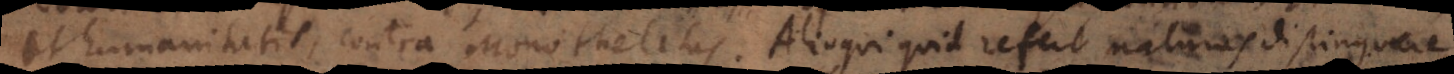
et humanitatis, contra Monothelitas. Alioqui quid refert naturas distinguer